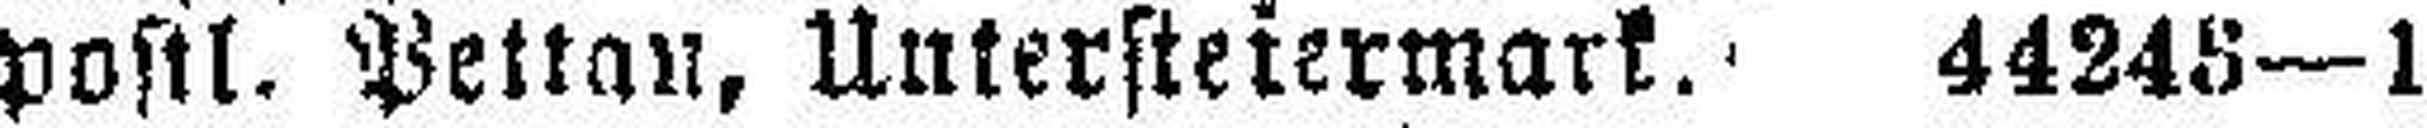
postl. Pettan, Untersteiermark. 44245—1